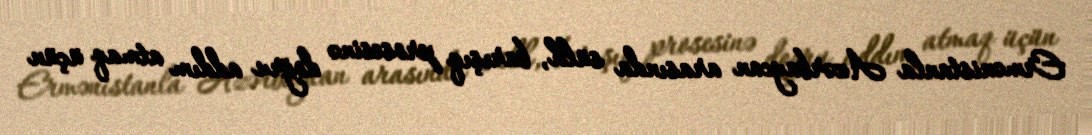
Ermənistanla Azərbaycan arasında sülh, barışıq prosesinə doğru addım atmaq üçün